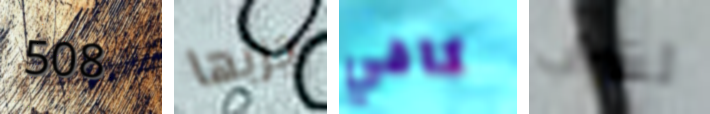
508 جربها كافي لشراب